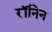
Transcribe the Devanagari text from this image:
रॉनिन